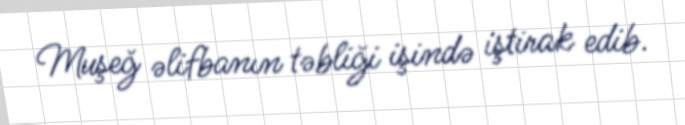
Muşeğ əlifbanın təbliği işində iştirak edib.